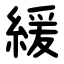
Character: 緩